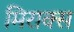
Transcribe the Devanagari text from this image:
मिराक्स